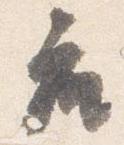
座